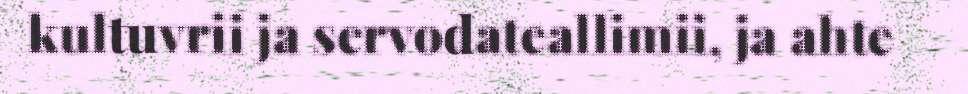
kultuvrii ja servodateallimii, ja ahte